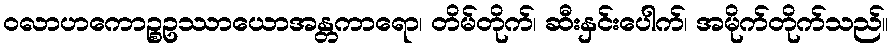
ဝလာဟကောဉ္စဥဿာယောအန္တကာရော၊ တိမ်တိုက်၊ ဆီးနှင်းပေါက်၊ အမိုက်တိုက်သည်။